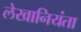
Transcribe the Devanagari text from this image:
लेखानियंता